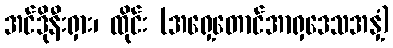
အင်ဒိုနီးရှား၊ ထိုင်း (အရှေ့တောင်အာရှဒေသအနှံ့)